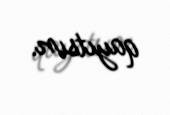
qayıtsın.